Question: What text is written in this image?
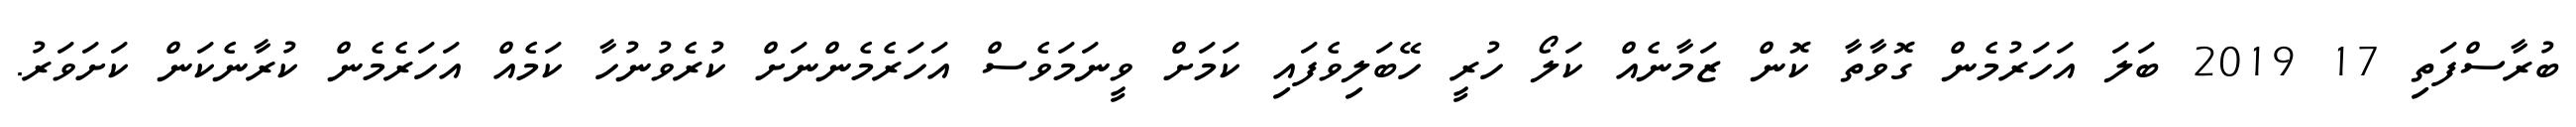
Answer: ބުރާސްފަތި 17 2019 ބަލަ އަހަރުމެން ގޮވާތާ ކޮން ޒަމާނެއް ކަލޯ ހުރީ ހޭބަލިވެފައި ކަމަށް ވީނަމަވެސް އަހަރެމެންނަށް ކުރެވުނުހާ ކަމެއް އަހަރެމެން ކުރާނެކަން ކަށަވަރު.